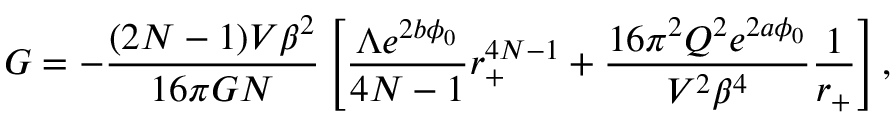
{ \cal G } = - \frac { ( 2 N - 1 ) V \beta ^ { 2 } } { 1 6 \pi G N } \left[ \frac { \Lambda e ^ { 2 b \phi _ { 0 } } } { 4 N - 1 } r _ { + } ^ { 4 N - 1 } + \frac { 1 6 \pi ^ { 2 } Q ^ { 2 } e ^ { 2 a \phi _ { 0 } } } { V ^ { 2 } \beta ^ { 4 } } \frac { 1 } { r _ { + } } \right] ,